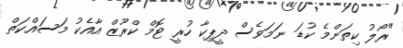
"ރޯލު ކިތަންމެ ކުޑަ ނަމަވެސް ދީޕިކާ ހުރީ ޓޮމް ކްރޫޒް އާއެކު މަސައްކަތް